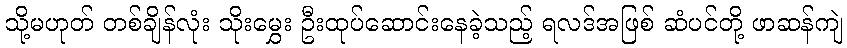
သို့မဟုတ် တစ်ချိန်လုံး သိုးမွှေး ဦးထုပ်ဆောင်းနေခဲ့သည့် ရလဒ်အဖြစ် ဆံပင်တို့ ဖာဆန်ကျဲ